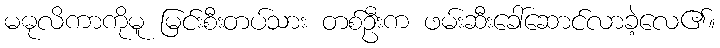
မဓုလိကာကိုမူ မြင်းစီးတပ်သား တစ်ဦးက ဖမ်းဆီးခေါ်ဆောင်လာခဲ့လေ၏။